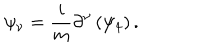
\psi _ { \nu } = \frac { i } { m } \partial ^ { \nu } \left( \psi _ { 4 } \right) .